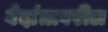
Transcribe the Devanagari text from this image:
वेदांतावरील